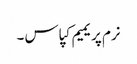
نرم پریمیم کپاس ۔